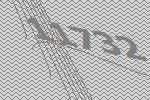
11732